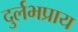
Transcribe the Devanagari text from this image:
दुर्लभप्राय